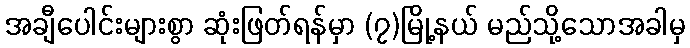
အချီပေါင်းများစွာ ဆုံးဖြတ်ရန်မှာ (၇)မြို့နယ် မည်သို့သောအခါမှ